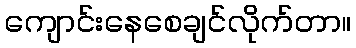
ကျောင်းနေစေချင်လိုက်တာ။